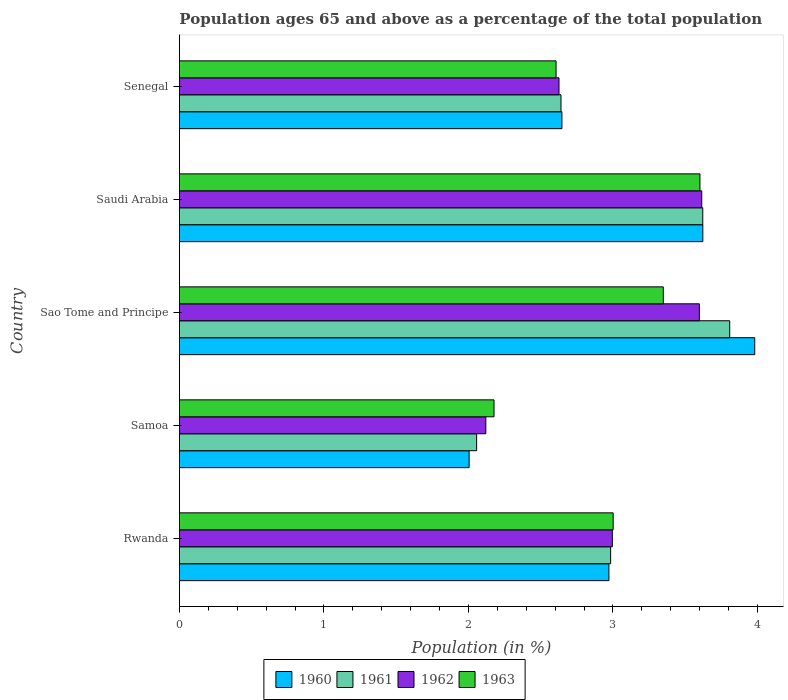
| Country | 1960 | 1961 | 1962 | 1963 |
 | --- | --- | --- | --- | --- |
 | Rwanda | 2.97 | 2.98 | 3 | 3 |
 | Samoa | 2 | 2.06 | 2.12 | 2.18 |
 | Sao Tome and Principe | 3.98 | 3.81 | 3.6 | 3.35 |
 | Saudi Arabia | 3.62 | 3.62 | 3.61 | 3.6 |
 | Senegal | 2.65 | 2.64 | 2.63 | 2.61 |